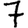
Digit: 7